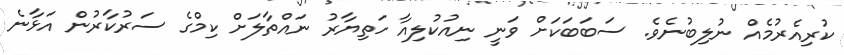
ކުރިއެރުމެއް ނުލިބުނެވެ. ސަބަބަކަށް ވަނީ ނިއުކުލިއާ ހަތިޔާރު ނައްތާލަށް ކިމްގެ ސަރުކާރުން އަޅާނެ